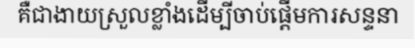
គឺជាងាយស្រួលខ្លាំងដើម្បីចាប់ផ្តើមការសន្ទនា